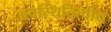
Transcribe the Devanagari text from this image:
अवस्थितित्वीय